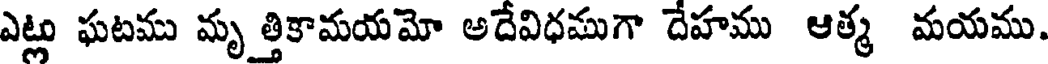
ఎట్ల ఘటము మృ త్తికామయమో అదేవిధముగా దేహము ఆత్మ మయము.